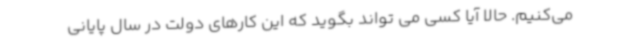
می‌کنیم. حالا آیا کسی می تواند بگوید که این کارهای دولت در سال پایانی